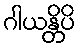
ဂါယန္တိပိ